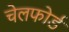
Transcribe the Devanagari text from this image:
चेलफोर्ड